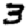
Digit: 3